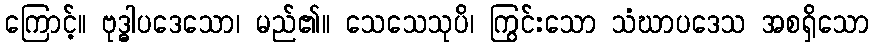
ကြောင့်။ ဗုဒ္ဓါပဒေသော၊ မည်၏။ သေသေသုပိ၊ ကြွင်းသော သံဃာပဒေသ အစရှိသော